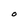
Character: O